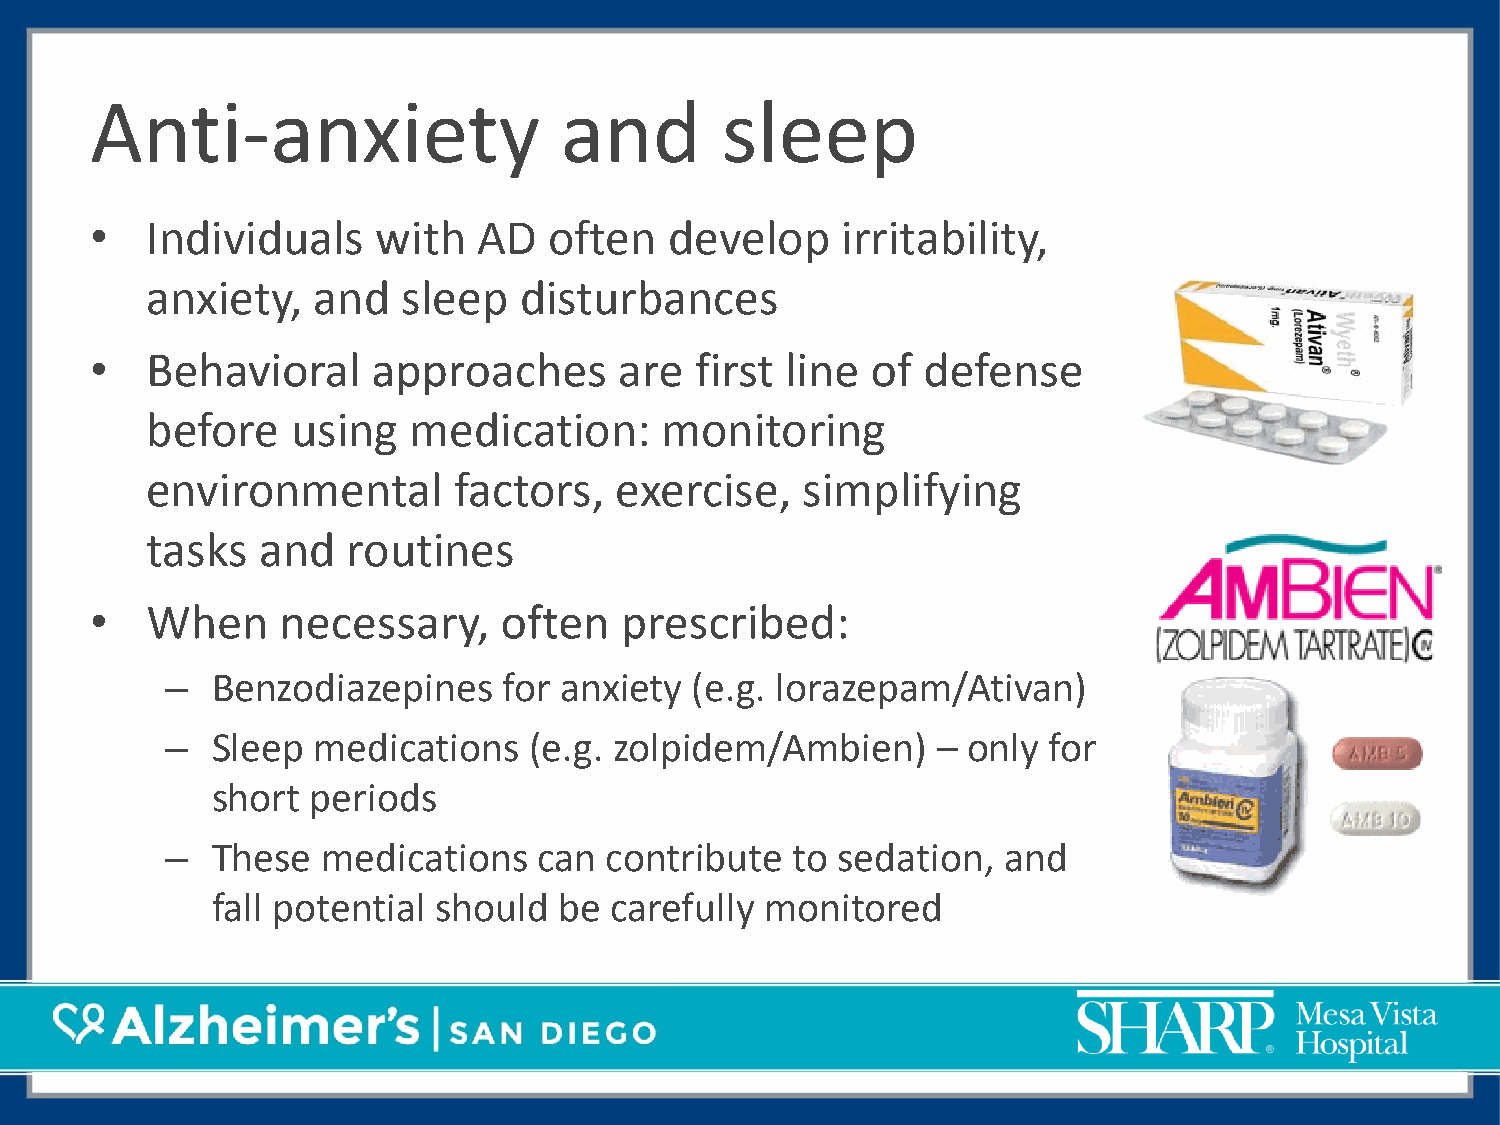
Anti-anxiety                   and        sleep
 •   Individuals    with   AD  often   develop     irritability,
 anxiety,   and   sleep  disturbances
 •   Behavioral     approaches      are  first line  of defense
 before   using   medication:      monitoring
 environmental       factors,   exercise,   simplifying
 tasks  and   routines
 •   When     necessary,    often   prescribed:
 –  Benzodiazepines    for anxiety  (e.g. lorazepam/Ativan)
 –  Sleep  medications   (e.g. zolpidem/Ambien)     – only for
 short  periods
 –  These  medications    can contribute  to sedation,  and
 fall potential should  be carefully  monitored